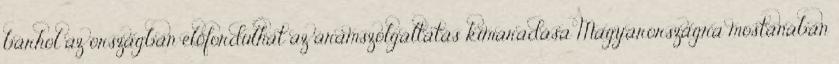
bárhol az országban előfordulhat az áramszolgáltatás kimaradása Magyarországra mostanában